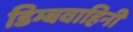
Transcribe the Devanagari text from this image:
डिम्बवाहिनी